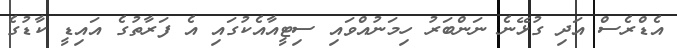
އެޑްރެސް އަދި ގުޅޭނެ ނަންބަރު ހިމަނުއްވައި ސިޓީއާއެކުގައި އެ ފަރާތުގެ އައިޑީ ކާޑުގެ